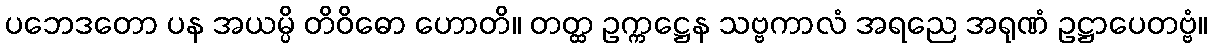
ပဘေဒတော ပန အယမ္ပိ တိဝိဓော ဟောတိ။ တတ္ထ ဥက္ကဋ္ဌေန သဗ္ဗကာလံ အရညေ အရုဏံ ဥဋ္ဌာပေတဗ္ဗံ။